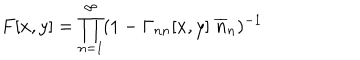
F [ x , y ] = \prod _ { n = 1 } ^ { \infty } ( 1 - \Gamma _ { n n } [ x , y ] \; \overline { { { n } } } _ { n } ) ^ { - 1 }